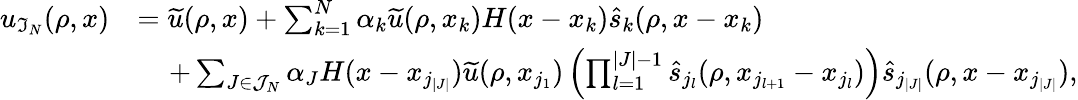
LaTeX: \begin{array}{rl}{u_{\mathfrak{I}_{N}}(\rho,x)}&{=\widetilde{u}(\rho,x)+\sum_{k=1}^{N}\alpha_{k}\widetilde{u}(\rho,x_{k})H(x-x_{k})\widehat{s}_{k}(\rho,x-x_{k})}\\ &{\; \; \; \; +\sum_{J\in\mathcal{J}_{N}}\alpha_{J}H(x-x_{j_{|J|}})\widetilde{u}(\rho,x_{j_{1}})\left(\prod_{l=1}^{|J|-1}\widehat{s}_{j_{l}}(\rho,x_{j_{l+1}}-x_{j_{l}})\right)\widehat{s}_{j_{|J|}}(\rho,x-x_{j_{|J|}}),}\end{array}